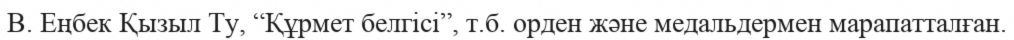
В. Еңбек Қызыл Ту, “Құрмет белгісі”, т.б. орден және медальдермен марапатталған.